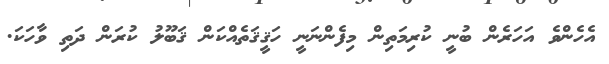
އެހެންވެ އަހަރެން ބުނީ ކުރިމަތިން މިފެންނަނީ ހަޤީޤަތެއްކަން ޤަބޫލު ކުރަން ދަތި ވާހަކަ.